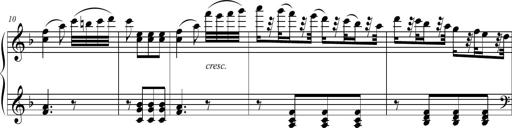
Title: 2 Sonatines faciles et brillantes pour le piano-forte seul
Composer: Carl Czerny